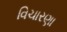
વિચારણા